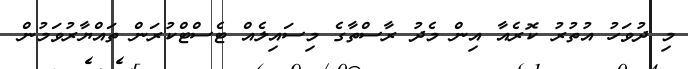
މި ދުވަހު އުތުރު ކޮރެއާ އިން މެދު ރާސްތާގެ މިސައިލެއް ޓެސްޓްކުރަން ތައްޔާރުވަމުން